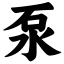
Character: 泵